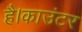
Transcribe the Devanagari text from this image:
है।काउंटर